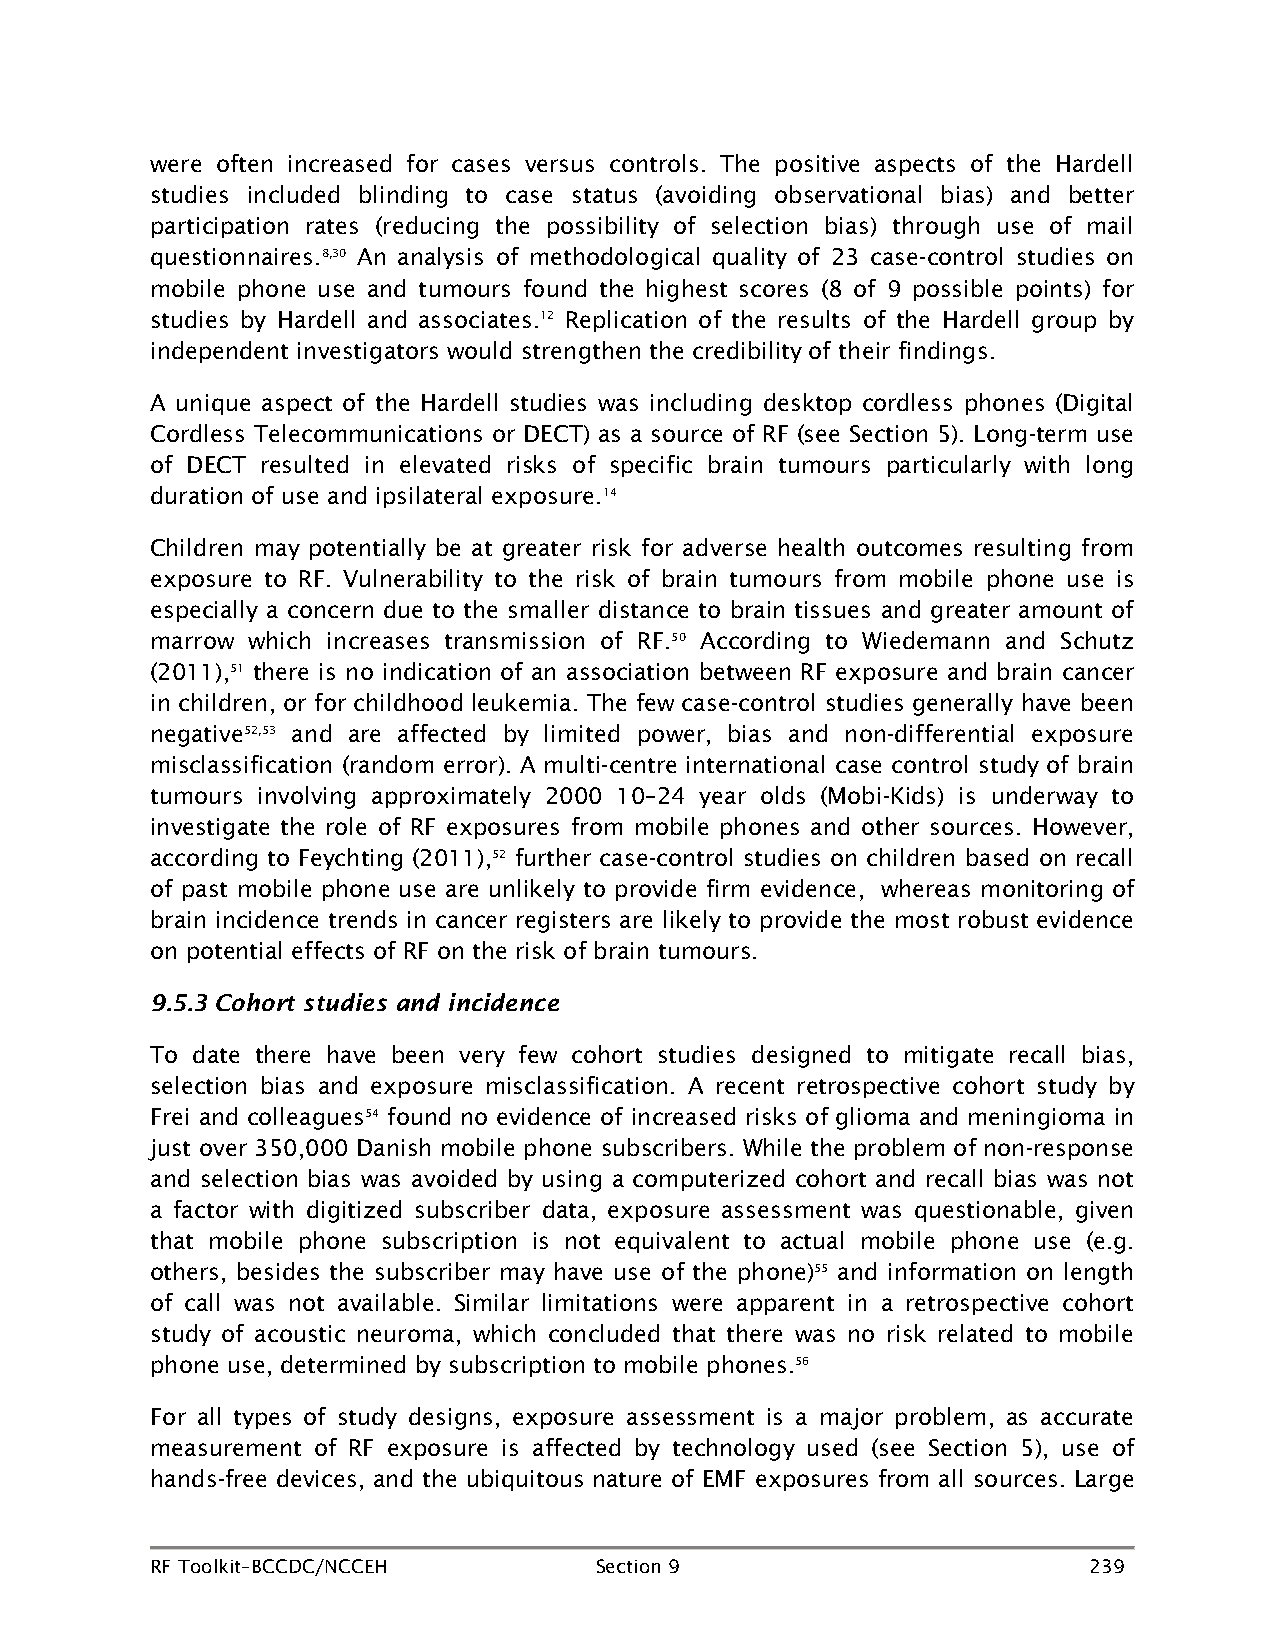
were often increased for cases versus controls. The positive aspects of the Hardell
 studies included blinding to case status (avoiding observational bias) and better
 participation rates (reducing the possibility of selection bias) through use of mail
 questionnaires.8,30 An analysis of methodological quality of 23 case-control studies on
 mobile phone use and tumours found the highest scores (8 of 9 possible points) for
 studies by Hardell and associates.12 Replication of the results of the Hardell group by
 independent investigators would strengthen the credibility of their findings.
 A unique aspect of the Hardell studies was including desktop cordless phones (Digital
 Cordless Telecommunications or DECT) as a source of RF (see Section 5). Long-term use
 of DECT resulted in elevated risks of specific brain tumours particularly with long
 duration of use and ipsilateral exposure.14
 Children may potentially be at greater risk for adverse health outcomes resulting from
 exposure to RF. Vulnerability to the risk of brain tumours from mobile phone use is
 especially a concern due to the smaller distance to brain tissues and greater amount of
 marrow which increases transmission of RF.50 According to Wiedemann and Schutz
 (2011),51 there is no indication of an association between RF exposure and brain cancer
 in children, or for childhood leukemia. The few case-control studies generally have been
 negative52,53 and are affected by limited power, bias and non-differential exposure
 misclassification (random error). A multi-centre international case control study of brain
 tumours involving approximately 2000 10–24 year olds (Mobi-Kids) is underway to
 investigate the role of RF exposures from mobile phones and other sources. However,
 according to Feychting (2011),52 further case-control studies on children based on recall
 of past mobile phone use are unlikely to provide firm evidence, whereas monitoring of
 brain incidence trends in cancer registers are likely to provide the most robust evidence
 on potential effects of RF on the risk of brain tumours.
 9.5.3 Cohort studies and incidence
 To date there have been very few cohort studies designed to mitigate recall bias,
 selection bias and exposure misclassification. A recent retrospective cohort study by
 Frei and colleagues54 found no evidence of increased risks of glioma and meningioma in
 just over 350,000 Danish mobile phone subscribers. While the problem of non-response
 and selection bias was avoided by using a computerized cohort and recall bias was not
 a factor with digitized subscriber data, exposure assessment was questionable, given
 that mobile phone subscription is not equivalent to actual mobile phone use (e.g.
 others, besides the subscriber may have use of the phone)55 and information on length
 of call was not available. Similar limitations were apparent in a retrospective cohort
 study of acoustic neuroma, which concluded that there was no risk related to mobile
 phone use, determined by subscription to mobile phones.56
 For all types of study designs, exposure assessment is a major problem, as accurate
 measurement of RF exposure is affected by technology used (see Section 5), use of
 hands-free devices, and the ubiquitous nature of EMF exposures from all sources. Large
 RF Toolkit–BCCDC/NCCEH       Section 9                        239